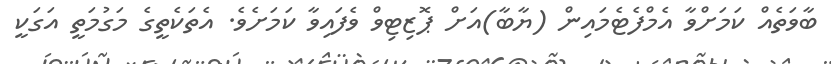
ބާވަތެއް ކަމަށްވާ އެމްފެޓެމައިން (ޔާބާ)އަށް ޕޮޒިޓިވް ވެފައިވާ ކަމަށެވެ. އެތަކެތީގެ މަގުމަތީ އަގަކީ